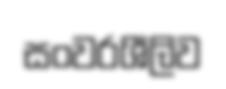
සංවරශීලිව